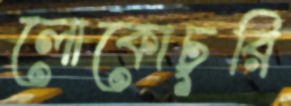
লোকোচুরি